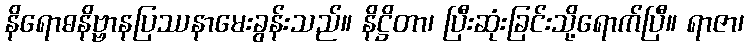
နိရောဓနိဗ္ဗာနပြဿနာမေးခွန်းသည်။ နိဋ္ဌိတာ၊ ပြီးဆုံးခြင်းသို့ရောက်ပြီ။ ရာဇာ၊